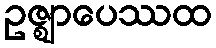
ဥဇ္ဈာပေဿထ